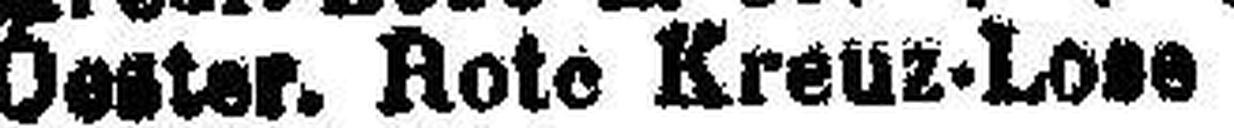
Oester. Rote Kreue-Lose